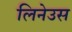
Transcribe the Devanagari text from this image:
लिनेउस